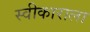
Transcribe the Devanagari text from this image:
स्वीकाराला